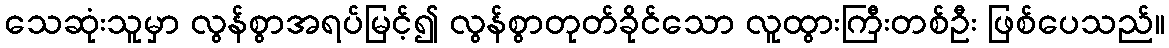
သေဆုံးသူမှာ လွန်စွာအရပ်မြင့်၍ လွန်စွာတုတ်ခိုင်သော လူထွားကြီးတစ်ဦး ဖြစ်ပေသည်။